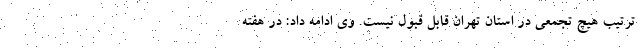
ترتیب هیچ تجمعی در استان تهران قابل قبول نیست. وی ادامه داد: در هفته